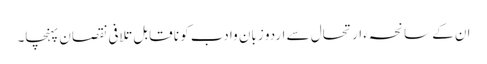
ان کے سانحہء ارتحال سے اردو زبان وا دب کو نا قابل تلافی نقصان پہنچا۔